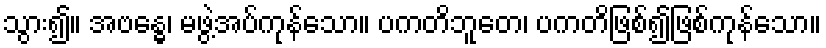
သွား၍။ အဗန္ဓေ၊ မဖွဲ့အပ်ကုန်သော။ ပကတိဘူတေ၊ ပကတိဖြစ်၍ဖြစ်ကုန်သော။